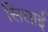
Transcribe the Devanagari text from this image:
सिसाई